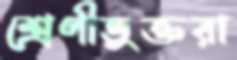
শ্রেণীভুক্তরা